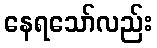
နေရသော်လည်း